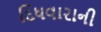
દિધવારાની